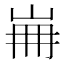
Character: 𡷌